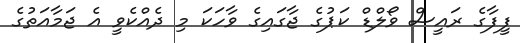
ފީފާގެ ރައީސް ވޯލްޑް ކަޕުގެ ޖާގައިގެ ވާހަކަ މި ދެެއްކެވީ އެ ޖަމާއަތުގެ